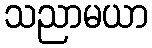
သညာမယာ